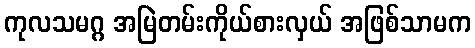
ကုလသမဂ္ဂ အမြဲတမ်းကိုယ်စားလှယ် အဖြစ်သာမက